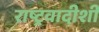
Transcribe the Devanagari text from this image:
राष्ट्रवादीशी